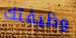
وظيفتك